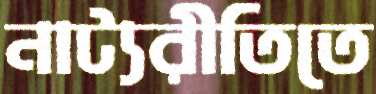
নাট্যরীতিতে